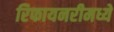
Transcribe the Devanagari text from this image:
रिफायनरीमध्ये